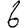
Digit: 6